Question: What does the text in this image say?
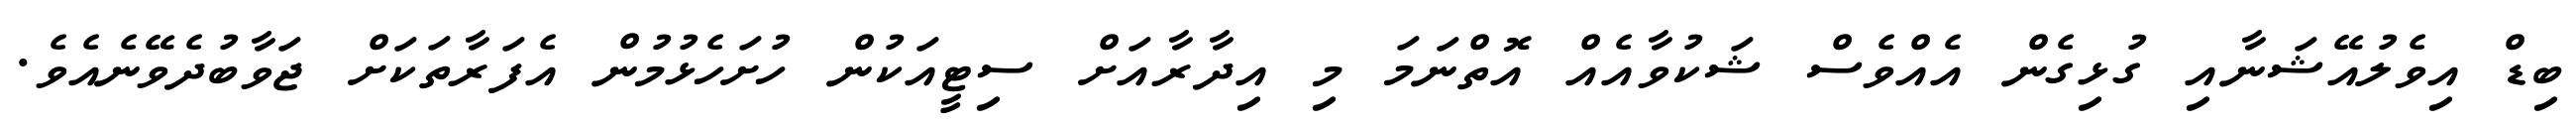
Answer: ބިޑް އިވެލުއޭޝަނާއި ގުޅިގެން އެއްވެސް ޝަކުވާއެއް އޮތްނަމަ މި އިދާރާއަށް ސިޓީއަކުން ހުށަހެޅުމުން އެފަރާތަކަށް ޖަވާބުދެވޭނެއެވެ.